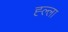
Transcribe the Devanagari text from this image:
ह्ल्ला